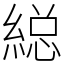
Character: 縂